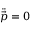
\ddot { \vec { p } } = 0